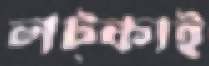
লট্‌কাই